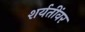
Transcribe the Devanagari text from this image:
शर्यतींवर